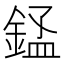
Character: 𬫬